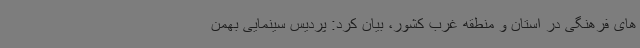
های فرهنگی در استان و منطقه غرب کشور، بیان کرد: پردیس سینمایی بهمن